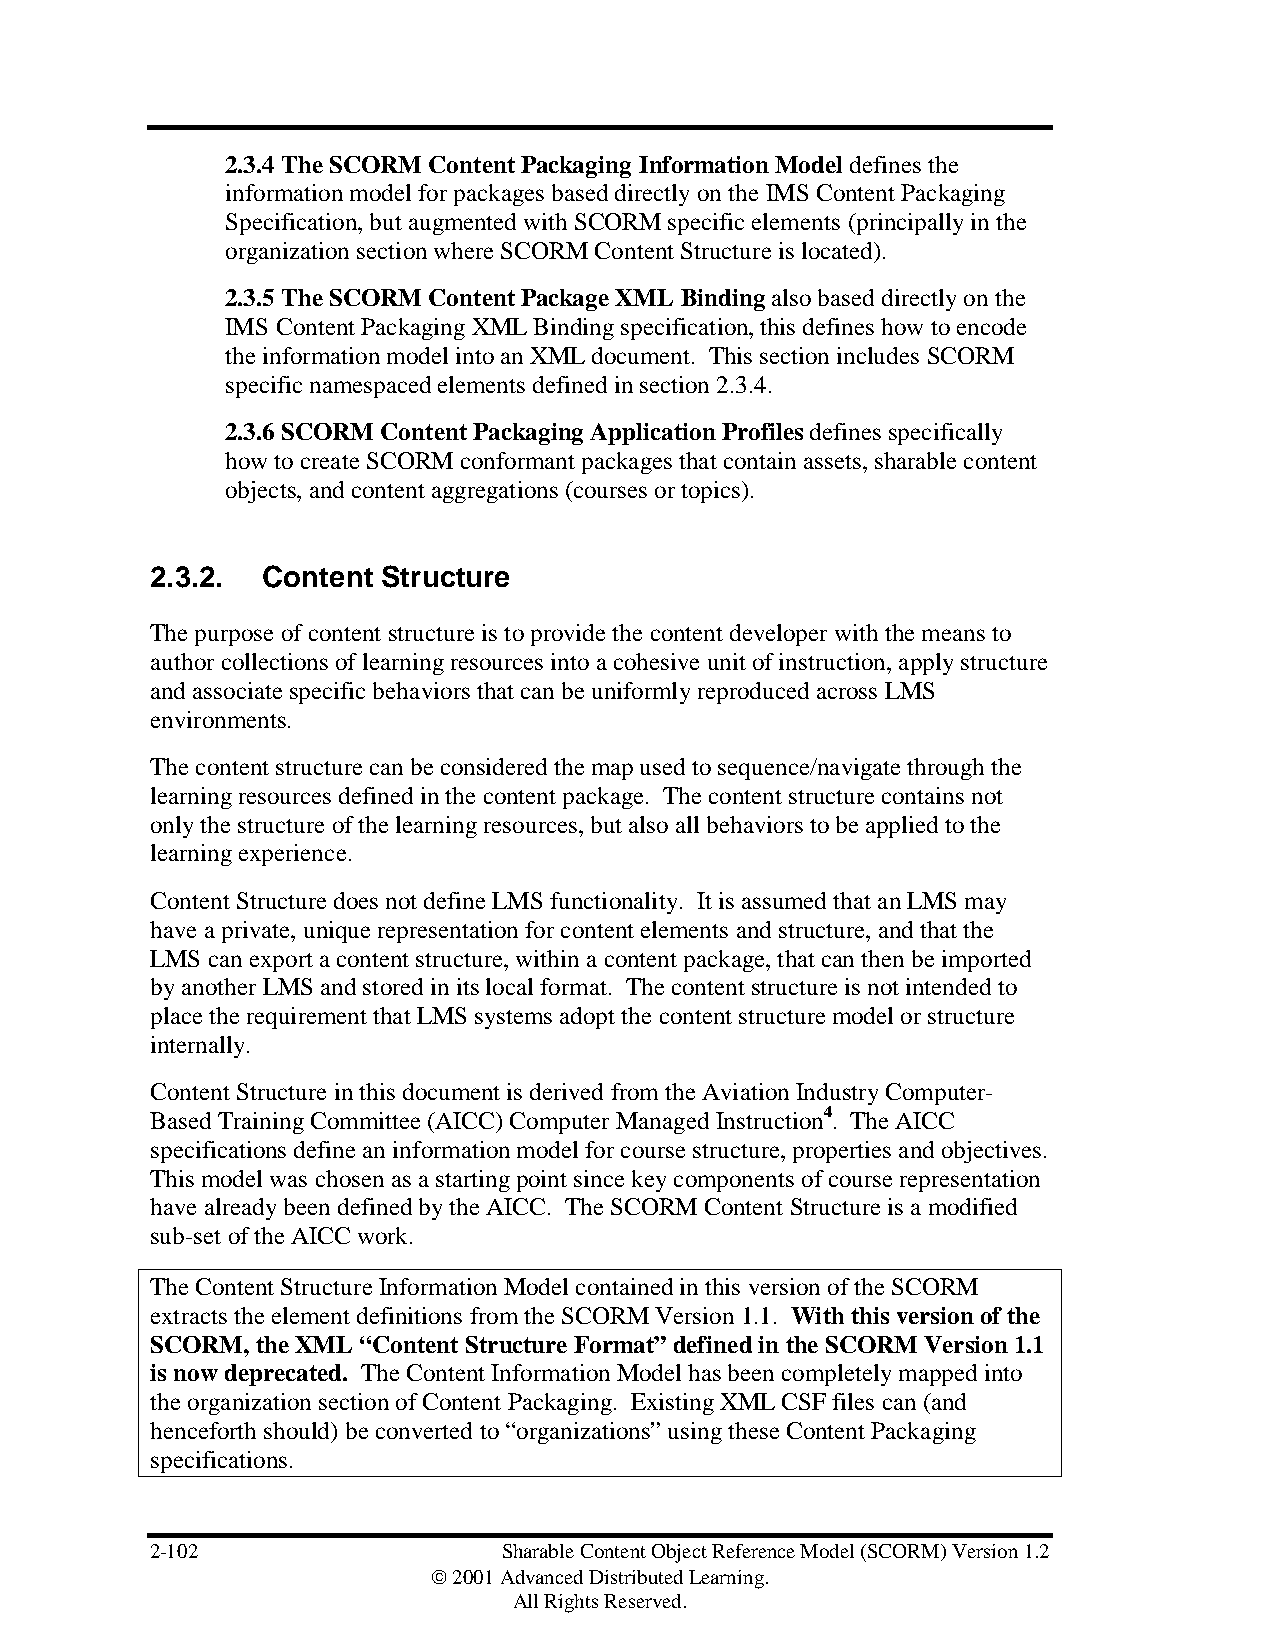
2.3.4 The SCORM Content Packaging Information Model defines the
 information model for packages based directly on the IMS Content Packaging
 Specification, but augmented with SCORM specific elements (principally in the
 organization section where SCORM Content Structure is located).
 2.3.5 The SCORM Content Package XML Binding also based directly on the
 IMS Content Packaging XML Binding specification, this defines how to encode
 the information model into an XML document. This section includes SCORM
 specific namespaced elements defined in section 2.3.4.
 2.3.6 SCORM Content Packaging Application Profiles defines specifically
 how to create SCORM conformant packages that contain assets, sharable content
 objects, and content aggregations (courses or topics).
 2.3.2. Content Structure
 The purpose of content structure is to provide the content developer with the means to
 author collections of learning resources into a cohesive unit of instruction, apply structure
 and associate specific behaviors that can be uniformly reproduced across LMS
 environments.
 The content structure can be considered the map used to sequence/navigate through the
 learning resources defined in the content package. The content structure contains not
 only the structure of the learning resources, but also all behaviors to be applied to the
 learning experience.
 Content Structure does not define LMS functionality. It is assumed that an LMS may
 have a private, unique representation for content elements and structure, and that the
 LMS can export a content structure, within a content package, that can then be imported
 by another LMS and stored in its local format. The content structure is not intended to
 place the requirement that LMS systems adopt the content structure model or structure
 internally.
 Content Structure in this document is derived from the Aviation Industry Computer-
 Based Training Committee (AICC) Computer Managed Instruction4. The AICC
 specifications define an information model for course structure, properties and objectives.
 This model was chosen as a starting point since key components of course representation
 have already been defined by the AICC. The SCORM Content Structure is a modified
 sub-set of the AICC work.
 The Content Structure Information Model contained in this version of the SCORM
 extracts the element definitions from the SCORM Version 1.1. With this version of the
 SCORM, the XML “Content Structure Format” defined in the SCORM Version 1.1
 is now deprecated. The Content Information Model has been completely mapped into
 the organization section of Content Packaging. Existing XML CSF files can (and
 henceforth should) be converted to “organizations” using these Content Packaging
 specifications.
 2-102                  Sharable Content Object Reference Model (SCORM) Version 1.2
  2001 Advanced Distributed Learning.
 All Rights Reserved.